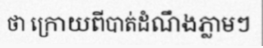
ថា ក្រោយពីបាត់ដំណឹងភ្លាមៗ